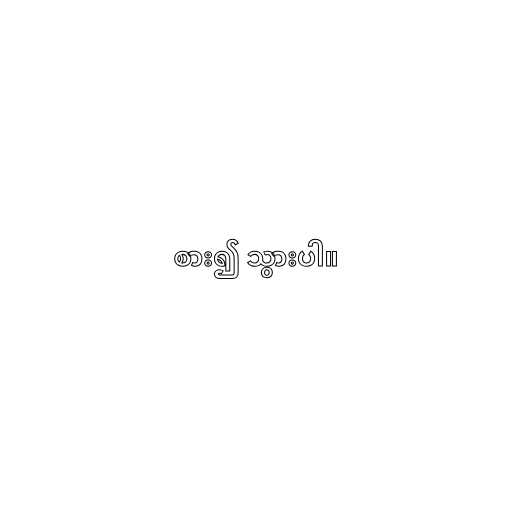
စား၍ သွားပါ။